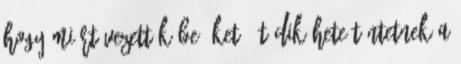
hogy miért vezettük be őket. Ötödik hete tüntetnek a